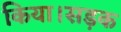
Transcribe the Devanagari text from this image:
किया।सड़क